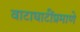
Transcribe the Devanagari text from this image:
वाटाघाटींप्रमाणे